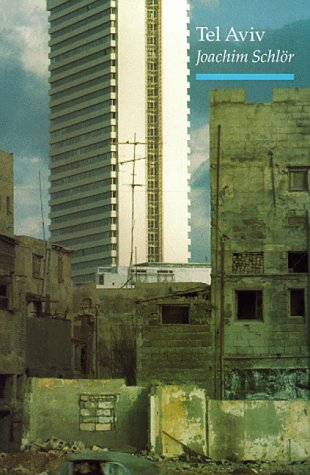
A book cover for Tel Aviv: From Dream to City; Joachim Schlor; Travel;